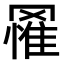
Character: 𮊔